Annual administration report of the Civil Veterinary Department, Sind - 1937-1938
Year: 1937
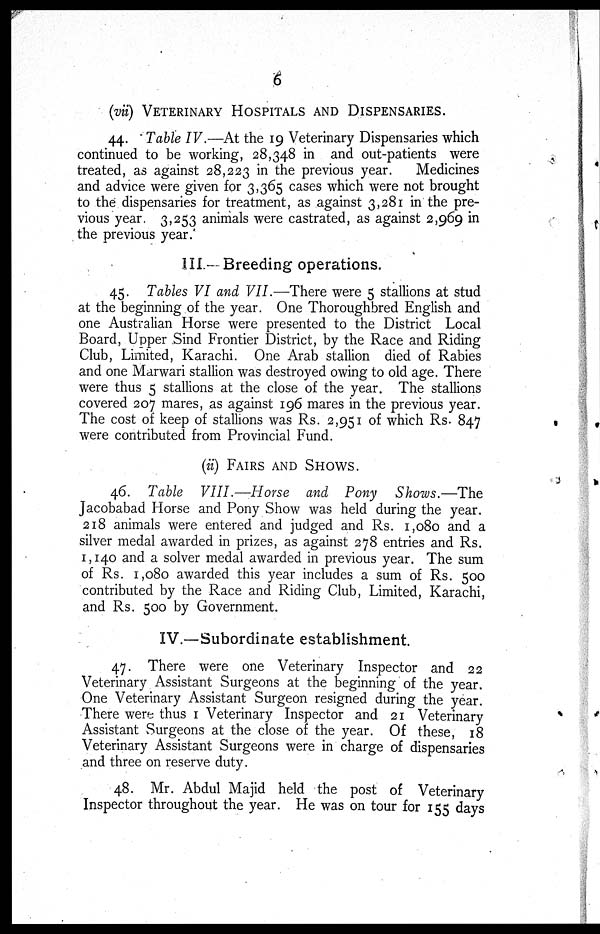
6
(vii) VETERINARY HOSPITALS AND DISPENSARIES.
44. Table IV.—At the 19 Veterinary Dispensaries which
continued to be working, 28,348 in and out-patients were
treated, as against 28,223 in the previous year.
Medicines
and advice were given for 3,365 cases which were not brought
to the dispensaries for treatment, as against 3,281 in the pre-
vious year 3,253 animals were castrated, as against 2,969 in
the previous year.
III.— Breeding operations.
45. Tables VI and VII.—There were 5 stallions at stud
at the beginning of the year. One Thoroughbred English and
one Australian Horse were presented to the District Local
Board, Upper Sind Frontier District, by the Race and Riding
Club, Limited, Karachi. One Arab stallion died of Rabies
and one Marwari stallion was destroyed owing to old age. There
were thus 5 stallions at the close of the year. The stallions
covered 207 mares, as against 196 mares in the previous year.
The cost of keep of stallions was Rs. 2,951 of which Rs. 847
were contributed from Provincial Fund.
(ii) FAIRS AND SHOWS.
46. Table VIII.—Horse
and Pony
Shows.—The
Jacobabad Horse and Pony Show was held during the year.
218 animals were entered and judged and Rs. 1,080 and a
silver medal awarded in prizes, as against 278 entries and Rs.
1,140 and a solver medal awarded in previous year. The sum
of Rs. 1,080 awarded this year includes a sum of Rs. 500
contributed by the Race and Riding Club, Limited, Karachi,
and Rs. 500 by Government.
IV.—Subordinate establishment.
47. There were one Veterinary Inspector and 22
Veterinary Assistant Surgeons at the beginning of the year.
One Veterinary Assistant Surgeon resigned during the year.
There were thus 1 Veterinary Inspector and 21 Veterinary
Assistant Surgeons at the close of the year. Of these, 18
Veterinary Assistant Surgeons were in charge of dispensaries
and three on reserve duty.
48. Mr. Abdul Majid held the post of Veterinary
Inspector throughout the year. He was on tour for 155 days